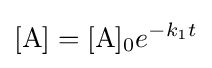
[{\ce {A}}]=[{\ce {A}}]_{0}e^{-k_{1}t}